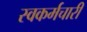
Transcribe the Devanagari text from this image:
स्वकर्मचारी